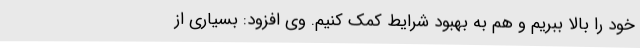
خود را بالا ببریم و هم به بهبود شرایط کمک کنیم. وی افزود: بسیاری از